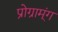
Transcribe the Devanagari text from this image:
प्रोग्राम्ंग